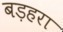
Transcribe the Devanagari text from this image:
बड़हरा